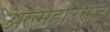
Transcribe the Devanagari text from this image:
अल्महाउसेज